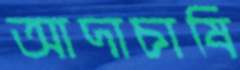
আদাচাষি